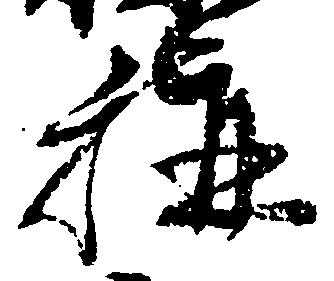
称